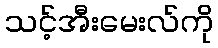
သင့်အီးမေးလ်ကို